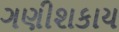
ગણીશકાય